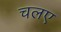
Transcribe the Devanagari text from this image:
चलए